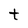
Character: t